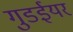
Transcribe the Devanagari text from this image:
गुडईयर